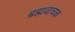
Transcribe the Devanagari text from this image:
ब्रह्मवाचक